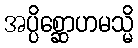
အပ္ပိစ္ဆောဟမသ္မိ